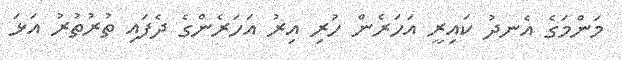
މަންމަގެ އެނދު ކައިރީ އަހަރެން ހުރި އިރު އަހަރެންގެ ދެފައި ތުރުތުރު އަޅަ